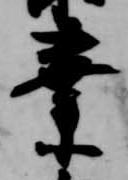
業